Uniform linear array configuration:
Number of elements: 24
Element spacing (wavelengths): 1
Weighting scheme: kaiser
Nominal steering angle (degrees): -15
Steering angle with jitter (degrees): -13.801
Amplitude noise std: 0.05
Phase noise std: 0.05

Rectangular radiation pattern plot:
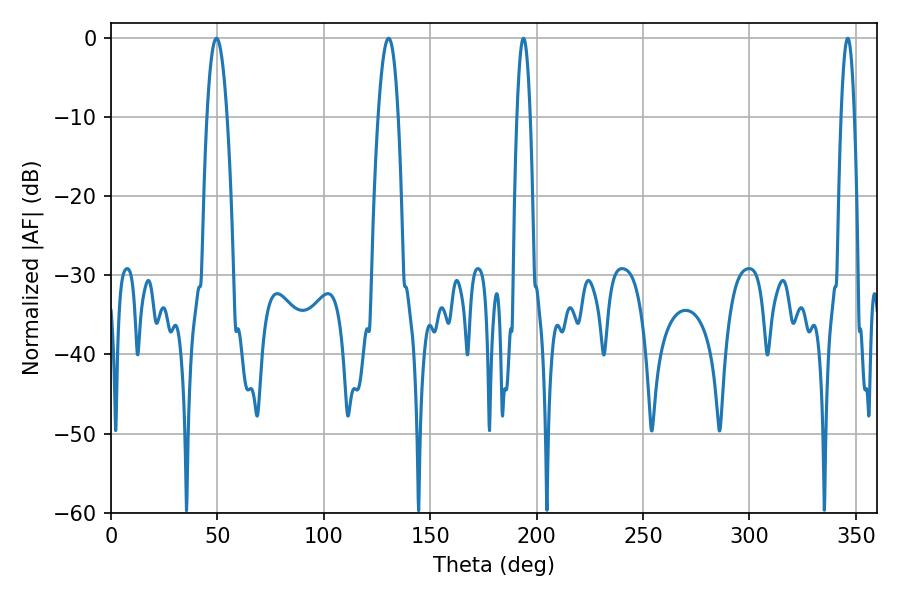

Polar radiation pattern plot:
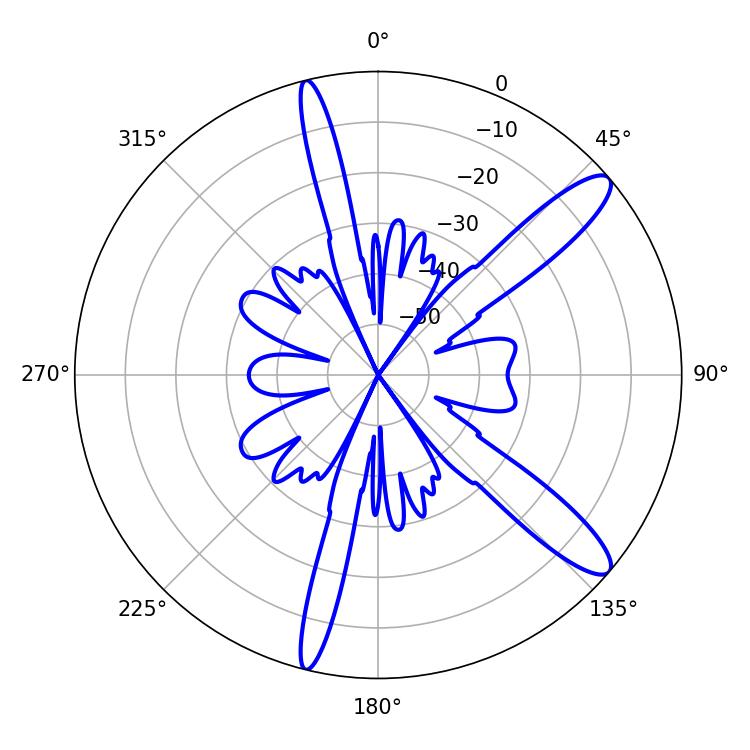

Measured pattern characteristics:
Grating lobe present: TRUE
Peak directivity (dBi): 12.279
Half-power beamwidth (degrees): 3.42
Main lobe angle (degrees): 193.86